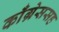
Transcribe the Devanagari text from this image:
काँग्रेससह